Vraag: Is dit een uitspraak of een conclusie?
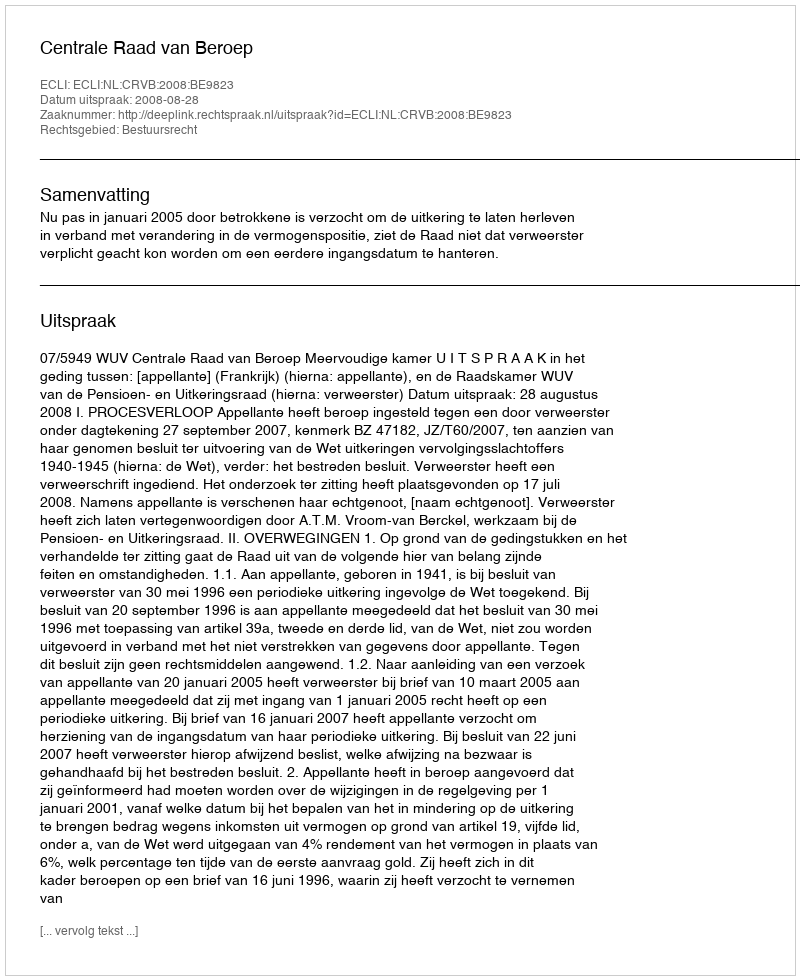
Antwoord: Uitspraak